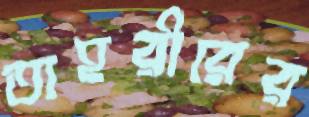
তাহরীরের